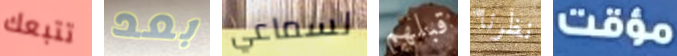
تتبعك بعد لسماعي قبلهم نظرنا مؤقت